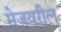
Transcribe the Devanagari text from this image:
मेजवरील